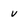
Character: v